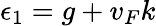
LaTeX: \epsilon_{1}=g+v_{F}k